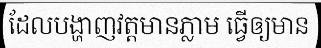
ដែលបង្ហាញវត្តមានភ្លាម ធ្វើឲ្យមាន